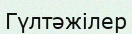
Гүлтәжілер